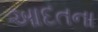
આદતના